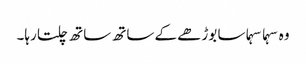
وہ سہما سہما سا بوڑھے کے ساتھ ساتھ چلتا رہا۔